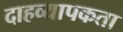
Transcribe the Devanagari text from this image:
दाहव्यापकता